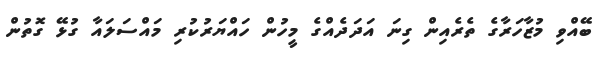
ބޭއްވި މުޒާހަރާގެ ތެރެއިން ގިނަ އަދަދެއްގެ މީހުން ހައްޔަރުކުރި މައްސަލައާ ގުޅޭ ގޮތުން